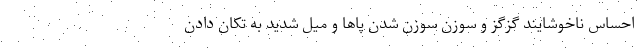
احساس ناخوشایند گزگز و سوزن سوزن شدن پاها و میل شدید به تکان دادن